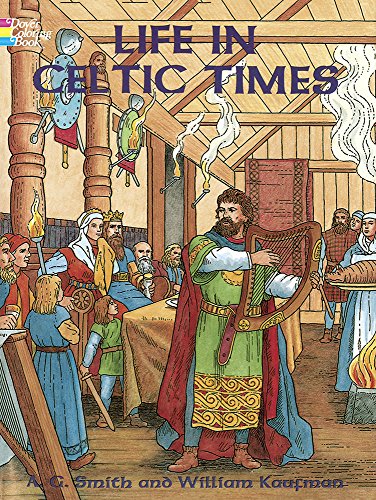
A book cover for Life in Celtic Times (Dover History Coloring Book); A. G. Smith; Children's Books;